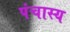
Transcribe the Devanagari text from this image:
पंचास्य